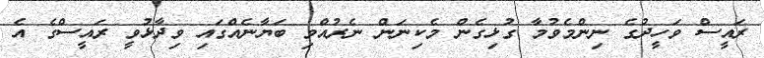
ރައީސް ވަހީދުގެ ނިންމެވުމާ ގުޅިގެން މެކިނަން ނެރުއްވި ބަޔާނެއްގައި ވިދާޅުވީ ރައީސްގެ އެ